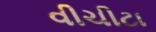
વીચીટા